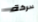
لحركة